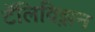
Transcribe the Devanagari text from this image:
टॅलिविझ़न